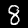
Digit: 8